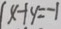
x + y = - 1